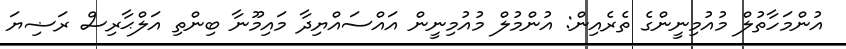
އުންމަހާތުލް މުއުމިނީންގެ ތެރެއިން: އުންމުލް މުއުމިނީން އައްސައްޔިދާ މައިމޫނާ ބިންތި އަލްޙާރިސް ރަޟިޔަ